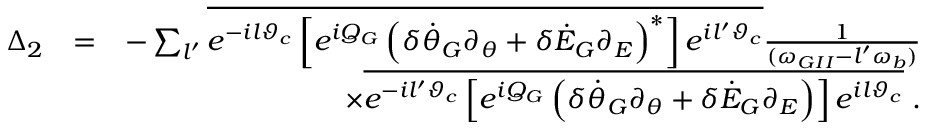
\begin{array} { r l r } { \Delta _ { 2 } } & { = } & { - \sum _ { l ^ { \prime } } \overline { { e ^ { - i l \vartheta _ { c } } \left[ e ^ { i Q _ { G } } \left( \delta \dot { \theta } _ { G } \partial _ { \theta } + \delta \dot { \cal E } _ { G } \partial _ { \cal E } \right) ^ { * } \right] e ^ { i l ^ { \prime } \vartheta _ { c } } } } \frac { 1 } { ( \omega _ { G I I } - l ^ { \prime } \omega _ { b } ) } } \\ & { } & { \times \overline { { e ^ { - i l ^ { \prime } \vartheta _ { c } } \left[ e ^ { i Q _ { G } } \left( \delta \dot { \theta } _ { G } \partial _ { \theta } + \delta \dot { \cal E } _ { G } \partial _ { \cal E } \right) \right] e ^ { i l \vartheta _ { c } } } } \; . } \end{array}